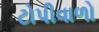
ટોપીવાળો